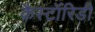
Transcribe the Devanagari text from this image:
कैस्टॉरिडी